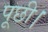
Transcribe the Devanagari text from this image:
पूछी।